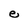
Character: e